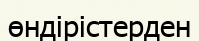
өндірістерден